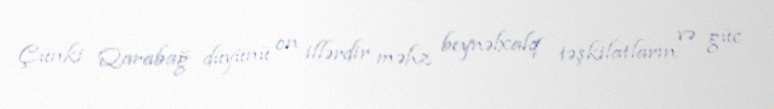
Çünki Qarabağ düyünü on illərdir məhz beynəlxalq təşkilatların və güc